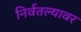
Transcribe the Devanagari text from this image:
निर्वतल्यावर